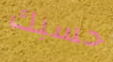
حسبك